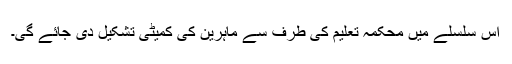
اس سلسلے میں محکمہ تعلیم کی طرف سے ماہرین کی کمیٹی تشکیل دی جائے گی۔